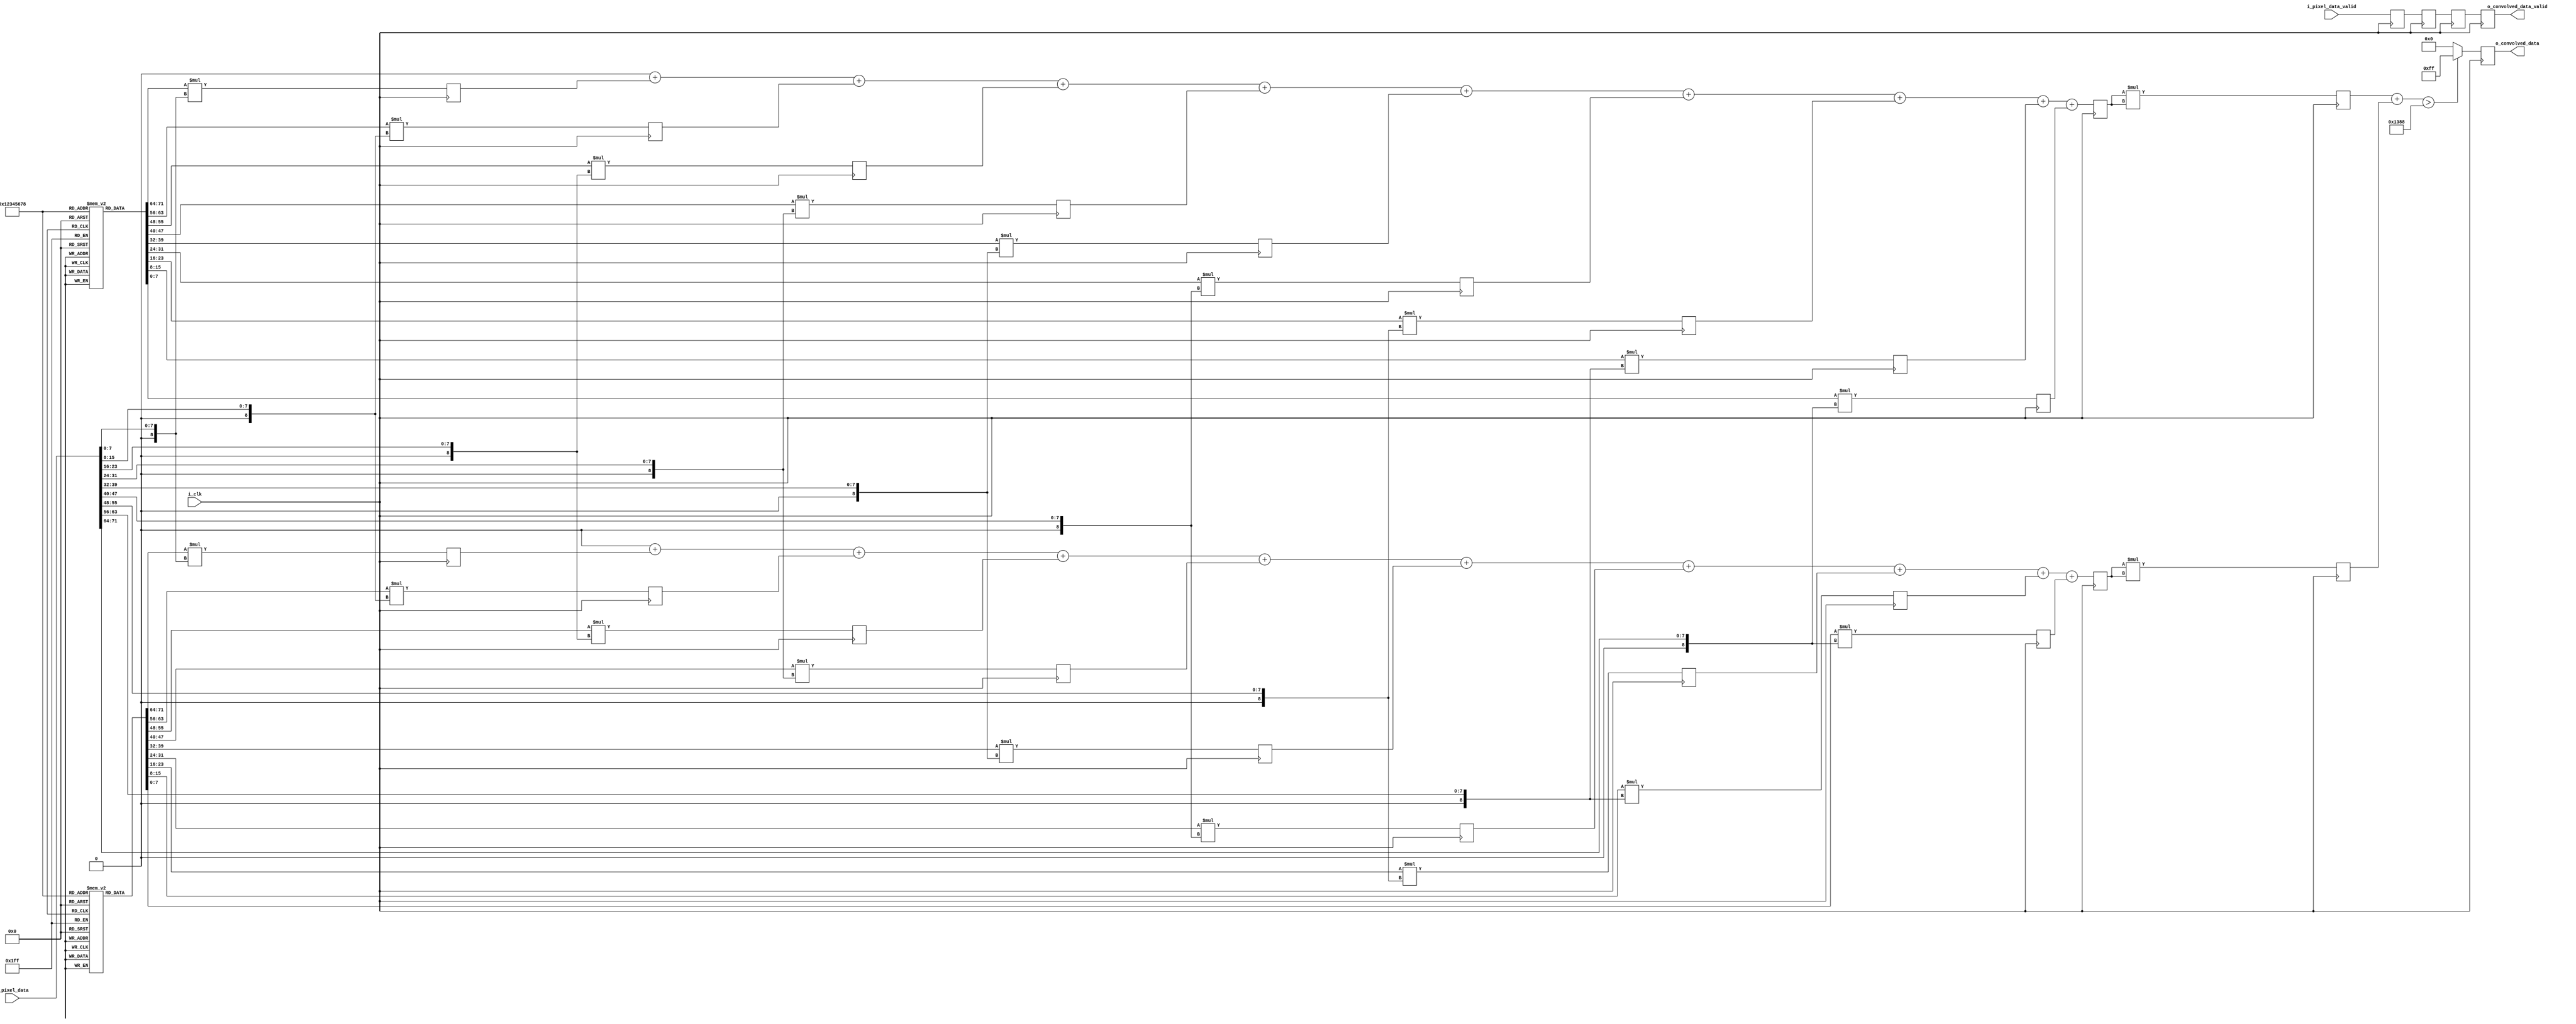
`timescale 1ns / 1ps

module conv(
input        i_clk,
input [71:0] i_pixel_data,
input        i_pixel_data_valid,
output reg [7:0] o_convolved_data,
output reg   o_convolved_data_valid

    );
    
integer i; 
reg [7:0] kernel1 [8:0];     // create kernenl variable
reg [7:0] kernel2 [8:0];
reg [10:0] multData1[8:0]; //will be the X kernel times the 9 pixels//11 bits times 9 producrs
reg [10:0] multData2[8:0]; //size= 9 bit to signed pixel +3 signed (-2) minus 1 of signed = 11 bits
reg [10:0] sumDataInt1; //log2(255*9)
reg [10:0] sumDataInt2;
reg [10:0] sumData1;
reg [10:0] sumData2;
reg multDataValid;
reg sumDataValid;
reg convolved_data_valid;
reg [20:0] convolved_data_int1;
reg [20:0] convolved_data_int2;
wire [21:0] convolved_data_int;
reg convolved_data_int_valid;

initial
begin
    kernel1[0] =  1;
    kernel1[1] =  0;
    kernel1[2] = -1;
    kernel1[3] =  2;
    kernel1[4] =  0;
    kernel1[5] = -2;
    kernel1[6] =  1;
    kernel1[7] =  0;
    kernel1[8] = -1;
    
    kernel2[0] =  1;
    kernel2[1] =  2;
    kernel2[2] =  1;
    kernel2[3] =  0;
    kernel2[4] =  0;
    kernel2[5] =  0;
    kernel2[6] = -1;
    kernel2[7] = -2;
    kernel2[8] = -1;
end    
    // this process create multData2 and multData2 that they (9 pixels * Gx)
always @(posedge i_clk)
begin
    for(i=0;i<9;i=i+1)
    begin
        multData1[i] <= $signed(kernel1[i])*$signed({1'b0,i_pixel_data[i*8+:8]});
        multData2[i] <= $signed(kernel2[i])*$signed({1'b0,i_pixel_data[i*8+:8]});
    end
    multDataValid <= i_pixel_data_valid;
end

//creane one pixel of gradient X
//creane one pixel of gradient Y
always @(*) // for this process towork on synthesis and silulamtion we will write like that
begin
    sumDataInt1 = 0; // if we were write sumData <= 0, it will not work on simulation
    sumDataInt2 = 0;
    for(i=0;i<9;i=i+1)
    begin
        sumDataInt1 = $signed(sumDataInt1) + $signed(multData1[i]);
        sumDataInt2 = $signed(sumDataInt2) + $signed(multData2[i]);
    end
end

always @(posedge i_clk)
begin
    sumData1 <= sumDataInt1;
    sumData2 <= sumDataInt2;
    sumDataValid <= multDataValid;
end

always @(posedge i_clk)
begin
    convolved_data_int1 <= $signed(sumData1)*$signed(sumData1);
    convolved_data_int2 <= $signed(sumData2)*$signed(sumData2);
    convolved_data_int_valid <= sumDataValid;
end

assign convolved_data_int = convolved_data_int1+convolved_data_int2;

    
always @(posedge i_clk)
begin
    if(convolved_data_int > 5000)
        o_convolved_data <= 8'hff;
    else
        o_convolved_data <= 8'h00;
    o_convolved_data_valid <= convolved_data_int_valid;
end
    
endmodule